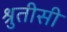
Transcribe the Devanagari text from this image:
श्रुतीसी